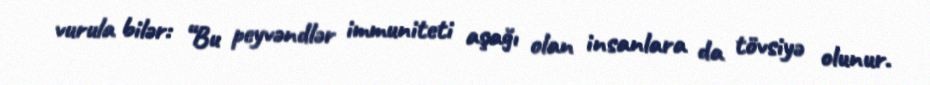
vurula bilər: “Bu peyvəndlər immuniteti aşağı olan insanlara da tövsiyə olunur.